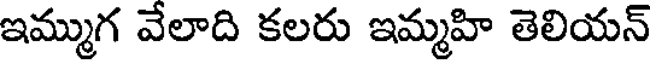
ఇమ్ముగ వేలాది కలరు ఇమ్మహి తెలియన్